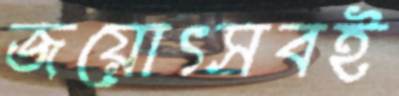
জয়োৎসবই